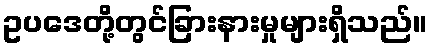
ဥပဒေတို့တွင်ခြားနားမှုများရှိသည်။